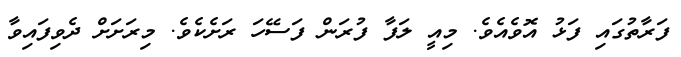
ފަރާތުގައި ފަޅު އޮވެއެވެ. މިއީ ލަފާ ފުރަން ފަސޭހަ ރަށެކެވެ. މިރަށަށް ދެވިފައިވާ